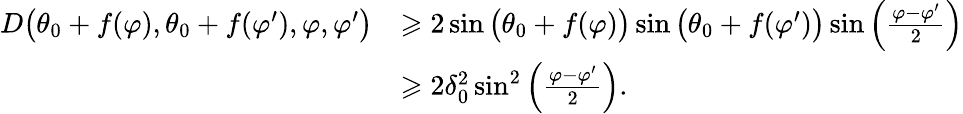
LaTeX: \begin{array}{rl}{D\big(\theta_{0}+f(\varphi),\theta_{0}+f(\varphi^{\prime}),\varphi,\varphi^{\prime}\big)}&{\geqslant 2\sin\big(\theta_{0}+f(\varphi)\big)\sin\big(\theta_{0}+f(\varphi^{\prime})\big)\sin\left(\frac{\varphi-\varphi^{\prime}}{2}\right)}\\ &{\geqslant 2\delta_{0}^{2}\sin^{2}\left(\frac{\varphi-\varphi^{\prime}}{2}\right).}\end{array}